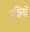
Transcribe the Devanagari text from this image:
पक्षियों